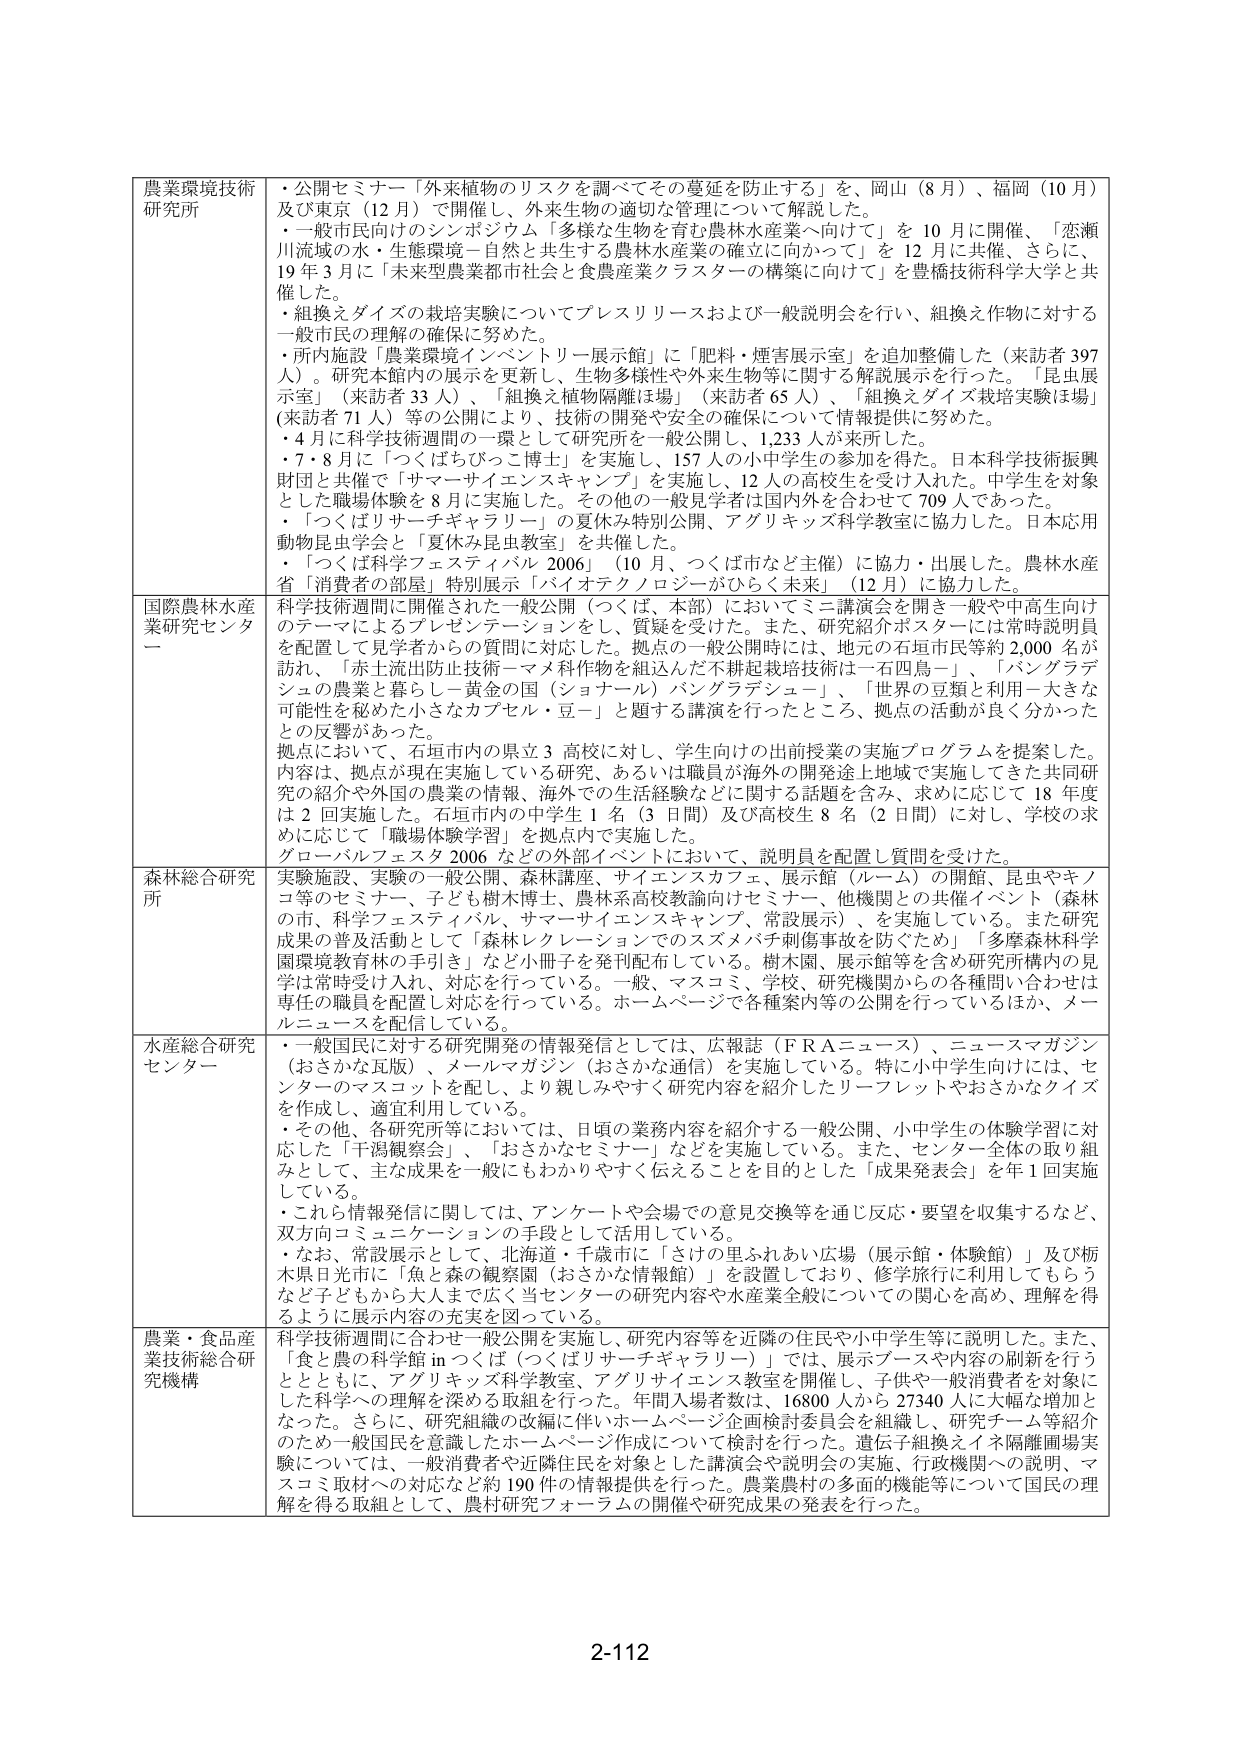
農業環境技術研究所
・公開セミナー「外来植物のリスクを調べてその蔓延を防止する」を、岡山（8月）、福岡（10月）及び東京（12月）で開催し、外来生物の適切な管理について解説した。
・一般市民向けのシンポジウム「多様な生物を育む農林水産業へ向けて」を10月に開催、「恋瀬川流域の水・生態環境―自然と共生する農林水産業の確立に向かって」を12月に共催、さらに、19年3月に「未来型農業都市社会と食農産業クラスターの構築に向けて」を豊橋技術科学大学と共催した。
・組換えダイズの栽培実験についてプレスリリースおよび一般説明会を行い、組換え作物に対する一般市民の理解の確保に努めた。
・所内施設「農業環境インベントリーリ展示館」に「肥料・煙害展示室」を追加整備した（来訪者397人）。研究所本館内の展示を更新し、生物多様性や外来生物等に関する解説展示を行った。「昆虫展示室」（来訪者33人）、「組換え植物隔離ほ場」（来訪者65人）、「組換えダイズ栽培実験ほ場」（来訪者71人）等の公開により、技術の開発や安全の確保について情報提供に努めた。
・4月に科学技術週間の一環として研究所を一般公開し、1,233人が来所した。
・7・8月に「つくばちびっこ博士」を実施し、157人の小中学生の参加を得た。日本科学技術振興財団と共催で「サマーサイエンスキャンプ」を実施し、12人の高校生を受け入れた。中学生を対象とした職場体験を8月に実施した。その他の一般見学者は国内外を合わせて709人であった。
・「つくばリサーチギャラリー」の夏休み特別公開、アグリキッズ科学教室に協力した。日本応用動物昆虫学会と「夏休み昆虫教室」を共催した。
・「つくば科学フェスティバル2006」（10月、つくば市など主催）に協力・出展した。農林水産省「消費者の部屋」特別展示「バイオテクノロジーがひらく未来」（12月）に協力した。

国際農林水産業研究センター
科学技術週間に開催された一般公開（つくば、本部）においてミニ講演会を開き一般や中高生向けのテーマによるプレゼンテーションをし、質疑を受けた。また、研究紹介ポスターには常時説明員を配置して見学者からの質問に対応した。拠点の一般公開時には、地元の石垣市民等約2,000名が訪れ、「赤土流出防止技術―マメ科作物を組込んだ不耕起栽培技術は一石四鳥―」、「バングラデシュの農業と暮らし―黄金の国（ショナール）バングラデシュ―」、「世界の豆類と利用―大きな可能性を秘めた小さなカブセル・豆―」と題する講演を行ったところ、拠点の活動が良く分かったとの反響があった。
拠点において、石垣市内の県立3高校に対し、学生向けの出前授業の実施プログラムを提案した。内容は、拠点が現在実施している研究、あるいは職員が海外の開発途上地域で実施してきた共同研究の紹介や外国の農業の情報、海外での生活経験などに関する話題を含み、実りに応じて18年度は2回実施した。石垣市内の中学生1名（3日間）及び高校生8名（2日間）に対し、学校の求めに応じて「職場体験学習」を拠点内で実施した。
グローバルフェスタ2006などの外部イベントにおいて、説明員を配置し質問を受けた。

森林総合研究所
実験施設、実験の一般公開、森林講座、サイエンスカフェ、展示館（ルーム）の開館、昆虫やキノコ等のセミナー、子ども樹木博士、農林系高校教諭向けセミナー、他機関との共催イベント（森林の市、科学フェスティバル、サマーサイエンスキャンプ、常設展示）、を実施している。また研究成果の普及活動として「森林レクレーションでのスズメバチ刺傷事故を防ぐため」「多摩森林科学園環境教育林の手引き」など小冊子を発刊配布している。樹木園、展示館等を含め研究所構内の見学は常時受け入れ、対応を行っている。一般、マスコミ、学校、研究機関からの各種問い合わせは専任の職員を配置し対応を行っている。ホームページで各種案内等の公開を行っているほか、メールニュースを配信している。

水産総合研究センター
・一般国民に対する研究開発の情報発信としては、広報誌（ＦＲＡニュース）、ニュースマガジン（おさかな瓦版）、メールマガジン（おさかな通信）を実施している。特に小中学生向けには、センターのマスコットを配し、より親しみやすく研究内容を紹介したリーフレットやおさかなクイズを作成し、適宜利用している。
・その他、各研究所等においては、日頃の業務内容を紹介する一般公開、小中学生の体験学習に対応した「干潟観察会」、「おさかなセミナー」などを実施している。また、センター全体の取り組みとして、主な成果を一般にもわかりやすく伝えることを目的とした「成果発表会」を年1回実施している。
・これら情報発信に関しては、アンケートや会場での意見交換等を通じ反応・要望を収集するなど、双方向コミュニケーションの手段として活用している。
・なお、常設展示として、北海道・千歳市に「さけの里ふれあい広場（展示館・体験館）」及び栃木県日光市に「魚と森の観察園（おさかな情報館）」を設置しており、修学旅行に利用してもらうなど子どもから大人まで広く当センターの研究内容や水産業全般についての関心を高め、理解を得るように展示内容の充実を図っている。

農業・食品産業技術総合研究機構
科学技術週間に合わせ一般公開を実施し、研究内容等を近隣の住民や小中学生等に説明した。また、「食と農の科学館inつくば（つくばリサーチギャラリー）」では、展示ブースや内容の刷新を行うとともに、アグリキッズ科学教室、アグリサイエンス教室を開催し、子供や一般消費者を対象にした科学への理解を深める取組を行った。年間入場者数は、16800人から27340人に大幅な増加となった。さらに、研究組織の改編に伴いホームページ企画検討委員会を組織し、研究チーム等紹介のため一般国民を意識したホームページ作成について検討を行った。遺伝子組換えイネ隔離圃場実験については、一般消費者や近隣住民を対象とした講演会や説明会の実施、行政機関への説明、マスコミ取材への対応など約190件の情報提供を行った。農業農村の多面的機能等について国民の理解を得る取組として、農村研究フォーラムの開催や研究成果の発表を行った。

2-112